Document type: bank_statement
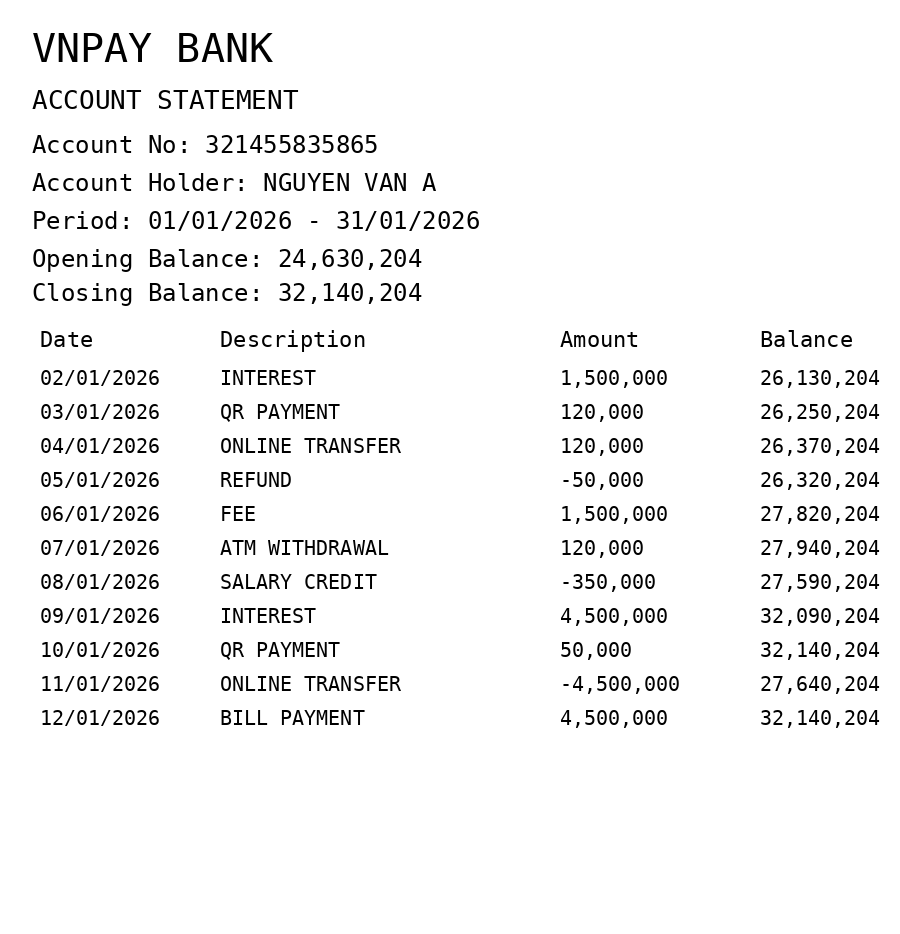
OCR transcript:
VNPAY BANK
ACCOUNT STATEMENT
Account No: 321455835865
Account Holder: NGUYEN VAN A
Period: 01/01/2026 - 31/01/2026
Opening Balance: 24,630,204
Closing Balance: 32,140,204
Date
Description
Amount
Balance
02/01/2026
INTEREST
1,500,000
26,130,204
03/01/2026
QR PAYMENT
120,000
26,250,204
04/01/2026
ONLINE TRANSFER
120,000
26,370,204
05/01/2026
REFUND
-50,000
26,320,204
06/01/2026
FEE
1,500,000
27,820,204
07/01/2026
ATM WITHDRAWAL
120,000
27,940,204
08/01/2026
SALARY CREDIT
-350,000
27,590,204
09/01/2026
INTEREST
4,500,000
32,090,204
10/01/2026
QR PAYMENT
50,000
32,140,204
11/01/2026
ONLINE TRANSFER
-4,500,000
27,640,204
12/01/2026
BILL PAYMENT
4,500,000
32,140,204
Extracted fields:
bank_name: vnpay bank
account_number: 321455835865
account_holder: nguyen van a
statement_period: 01/01/2026 - 31/01/2026
opening_balance: 24630204
closing_balance: 32140204
transactions: date: 2026-01-02
description: interest
amount: 1500000
balance: 26130204
date: 2026-01-03
description: qr payment
amount: 120000
balance: 26250204
date: 2026-01-04
description: online transfer
amount: 120000
balance: 26370204
date: 2026-01-05
description: refund
amount: -50000
balance: 26320204
date: 2026-01-06
description: fee
amount: 1500000
balance: 27820204
date: 2026-01-07
description: atm withdrawal
amount: 120000
balance: 27940204
date: 2026-01-08
description: salary credit
amount: -350000
balance: 27590204
date: 2026-01-09
description: interest
amount: 4500000
balance: 32090204
date: 2026-01-10
description: qr payment
amount: 50000
balance: 32140204
date: 2026-01-11
description: online transfer
amount: -4500000
balance: 27640204
date: 2026-01-12
description: bill payment
amount: 4500000
balance: 32140204